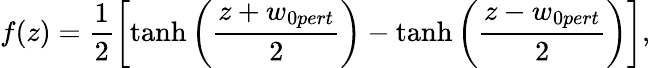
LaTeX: f(z)=\frac{1}{2}\left[\operatorname{tanh}\left(\frac{z+w_{0pert}}{2}\right)-\operatorname{tanh}\left(\frac{z-w_{0pert}}{2}\right)\right],